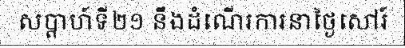
សប្តាហ៍ទី២១ នឹងដំណើរការនាថ្ងៃសៅរ៍